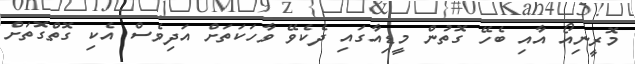
މޮރީނިއޯ އާއި ބެހޭ ގޮތުން މީޑިއާގައި ދެކެވޭ ވާހަކަތަށް އަދިވެސް އެކި ގޮތްގޮތަށް